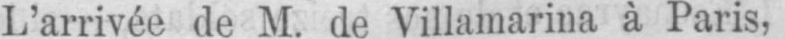
L’arrivée de M. de Villamarina à Paris,